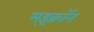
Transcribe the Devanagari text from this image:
म्इक्रॉन